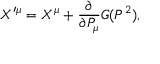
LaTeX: X ^ { \prime \mu } = X ^ { \mu } + { \frac { \partial } { \partial P _ { \mu } } } { \cal G } ( P ^ { 2 } ) ,